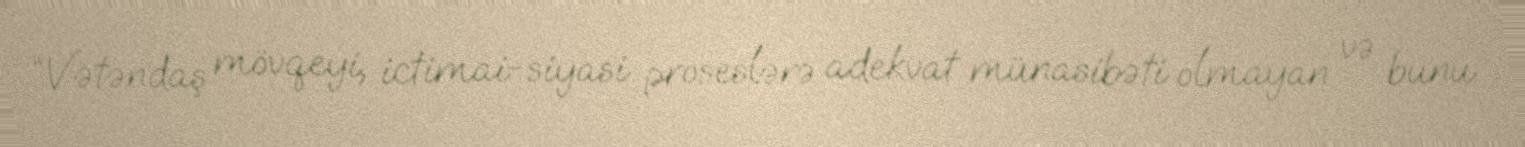
“Vətəndaş mövqeyi, ictimai-siyasi proseslərə adekvat münasibəti olmayan və bunu